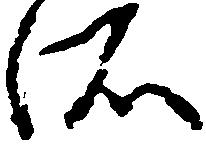
所